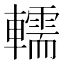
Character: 轜